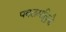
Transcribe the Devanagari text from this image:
पवलमल्लिकै